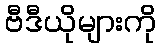
ဗီဒီယိုများကို